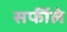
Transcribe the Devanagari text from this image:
सर्फीले